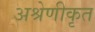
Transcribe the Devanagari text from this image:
अश्रेणीकृत